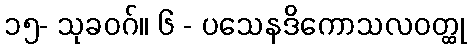
၁၅- သုခဝဂ်။ ၆ - ပသေနဒိကောသလဝတ္ထု